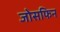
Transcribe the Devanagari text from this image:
जोसफिन